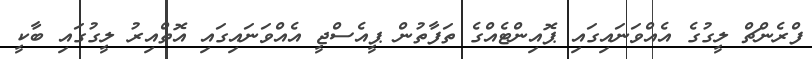
ފްރެންޗް ލީގުގެ އެއްވަނައިގައި ޕޮއިންޓެއްގެ ތަފާތުން ޕީއެސްޖީ އެއްވަނައިގައި އޮތްއިރު ލީގުގައި ބާކީ